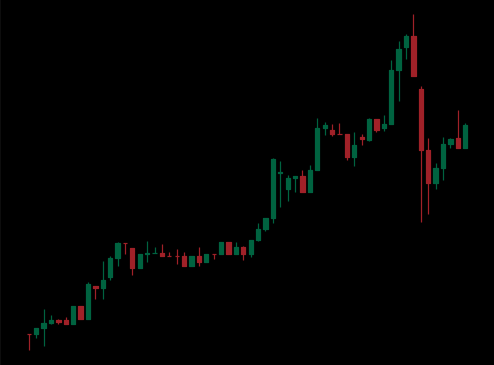
Pattern: unclassified